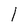
Character: 1